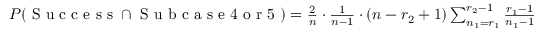
\begin{array} { r } { P ( \mathrm { ~ S ~ u ~ c ~ c ~ e ~ s ~ s ~ } \cap \mathrm { ~ S ~ u ~ b ~ c ~ a ~ s ~ e ~ 4 ~ o ~ r ~ 5 ~ } ) = \frac { 2 } { n } \cdot \frac { 1 } { n - 1 } \cdot ( n - r _ { 2 } + 1 ) \sum _ { n _ { 1 } = r _ { 1 } } ^ { r _ { 2 } - 1 } \frac { r _ { 1 } - 1 } { n _ { 1 } - 1 } . } \end{array}